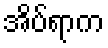
အိပ်ရာက